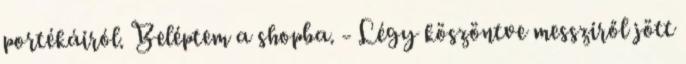
portékáiról. Beléptem a shopba. - Légy köszöntve messziről jött